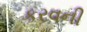
કરવની